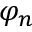
\varphi _ { n }